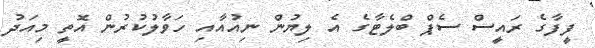
ފީފާގެ ރައީސް ސެޕް ބްލެޓާގެ އެ ލިޔުން ނިއުއާއި ހަވާލުކުރުން އޮތީ މިއަދު